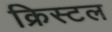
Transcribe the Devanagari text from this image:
क्रिस्‍टल